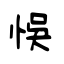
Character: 悞